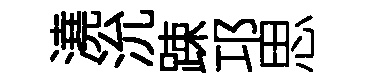
澆沇踈邛思